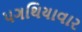
પગથિયાવાર